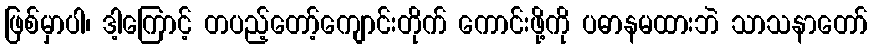
ဖြစ်မှာပါ၊ ဒါ့ကြောင့် တပည့်တော့်ကျောင်းတိုက် ကောင်းဖို့ကို ပဓာနမထားဘဲ သာသနာတော်